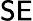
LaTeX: \mathsf{SE}